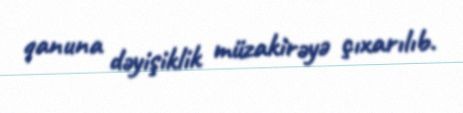
qanuna dəyişiklik müzakirəyə çıxarılıb.